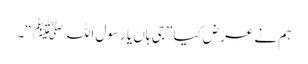
ہم نے عرض کیا ”جی ہاں یا رسول اللہﷺ“۔